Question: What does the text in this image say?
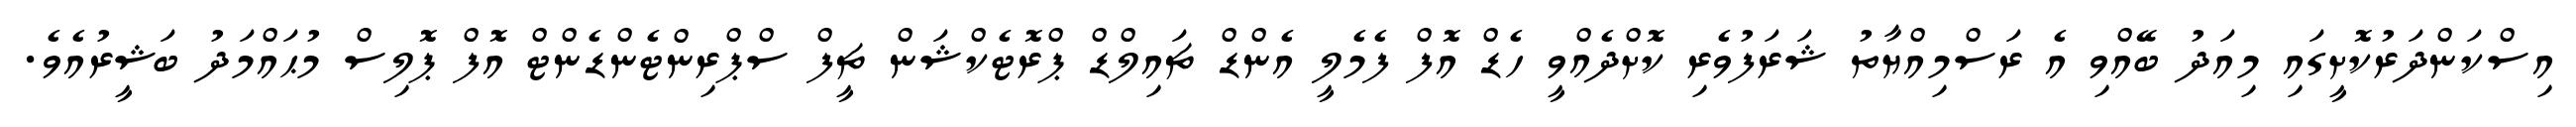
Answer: އިސްކަންދަރުކޮށީގައި މިއަދު ބޭއްވި އެ ރަސްމިއްޔާތު ޝަރަފުވެރި ކޮށްދެއްވީ ހެޑް އޮފް ފެމެލީ އެންޑް ޗައިލްޑް ޕްރޮޓެކްޝަން ޗީފް ސްޕްރިންޓެންޑެންޓް އޮފް ޕޮލިސް މުޙައްމަދު ބަޝީރުއެވެ.